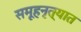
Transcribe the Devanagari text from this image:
समूहनृत्यात